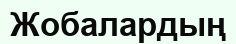
Жобалардың